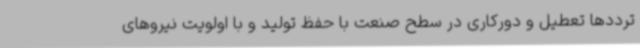
ترددها تعطیل و دورکاری در سطح صنعت با حفظ تولید و با اولویت نیروهای